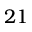
2 1